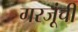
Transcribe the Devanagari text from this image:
गरजूंची